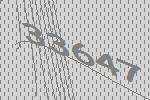
33647